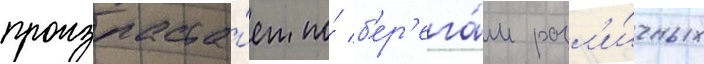
произраста́ет по́ б'ер'ега́м разл'и́чных